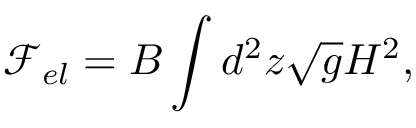
\mathcal F _ { e l } = B \int d ^ { 2 } z \sqrt { g } H ^ { 2 } ,